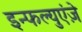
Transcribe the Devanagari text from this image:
इन्फल्युएंज़े